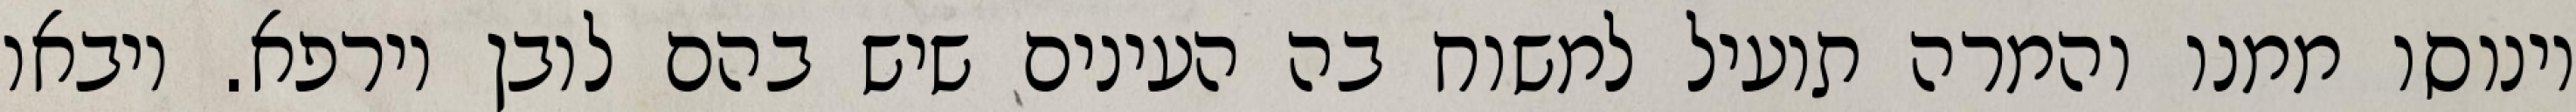
וינוסו ממנו והמרה תועיל למשוח בה העינים שיש בהם לובן וירפא. ויבאו